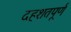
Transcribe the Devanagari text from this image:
दहशतपूर्ण